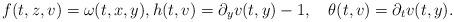
LaTeX: \begin{align*}f(t,z,v)=\omega(t,x,y),h(t,v)=\partial_yv(t,y)-1,\quad\theta(t,v)=\partial_tv(t,y).\end{align*}